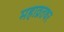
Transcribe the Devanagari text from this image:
महाव्रतधर